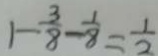
1 - \frac { 3 } { 8 } - \frac { 1 } { 8 } = \frac { 1 } { 2 }